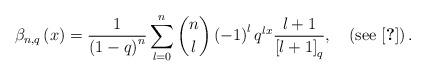
LaTeX: \begin{align*}\beta_{n,q}\left(x\right)=\frac{1}{\left(1-q\right)^{n}}\sum_{l=0}^{n}\dbinom{n}{l}\left(-1\right)^{l}q^{lx}\frac{l+1}{\left[l+1\right]_{q}},\quad\left(\mbox{see \cite{key-5}}\right).\end{align*}